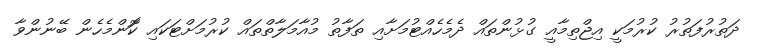
ދަތުރުފަތުރު ކުރުމަކީ އިޖްތިމާއީ ގުޅުންތައް ދެމެހެއްޓުމަށާއި ތަފާތު މުއާމަލާތްތައް ކުރުމަށްޓަކައި ކަޮންމެހެން ބޭނުންވާ